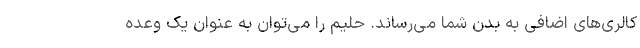
کالری‌های اضافی به بدن شما می‌رساند. حلیم را می‌توان به عنوان یک وعده